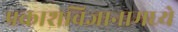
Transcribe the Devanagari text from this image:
प्रकाशविज्ञानामध्ये